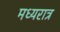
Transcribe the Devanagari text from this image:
मध्यरात्र